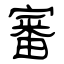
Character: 審